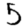
Digit: 5